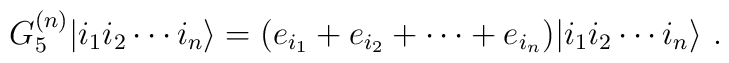
G_5^{(n)} | i_1 i_2 \cdots i_n \rangle=(e_{i_1} + e_{i_2} + \cdots + e_{i_n}) | i_1 i_2 \cdots i_n \rangle\ .